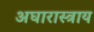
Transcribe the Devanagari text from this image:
अघारास्त्राय